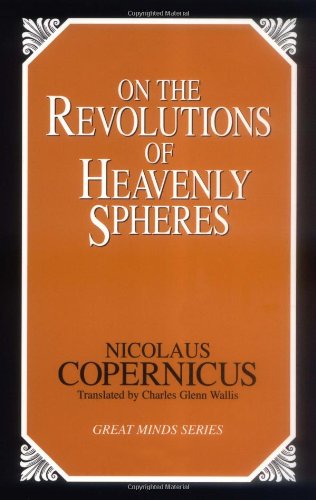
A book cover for On the Revolutions of Heavenly Spheres (Great Minds Series); Nicolaus Copernicus; Literature & Fiction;